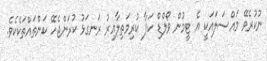
ނުކުރެވޭ މައްސަލައަކީ އެ ޓީމުން ވޯލްޑް ކަޕާ ކުރިމަތިލާއިރު ރަނގަޅު ކުރަންޖެހޭ ކަންތައްތަކެކެވެ.